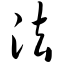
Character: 泫